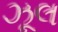
ઝૂલ